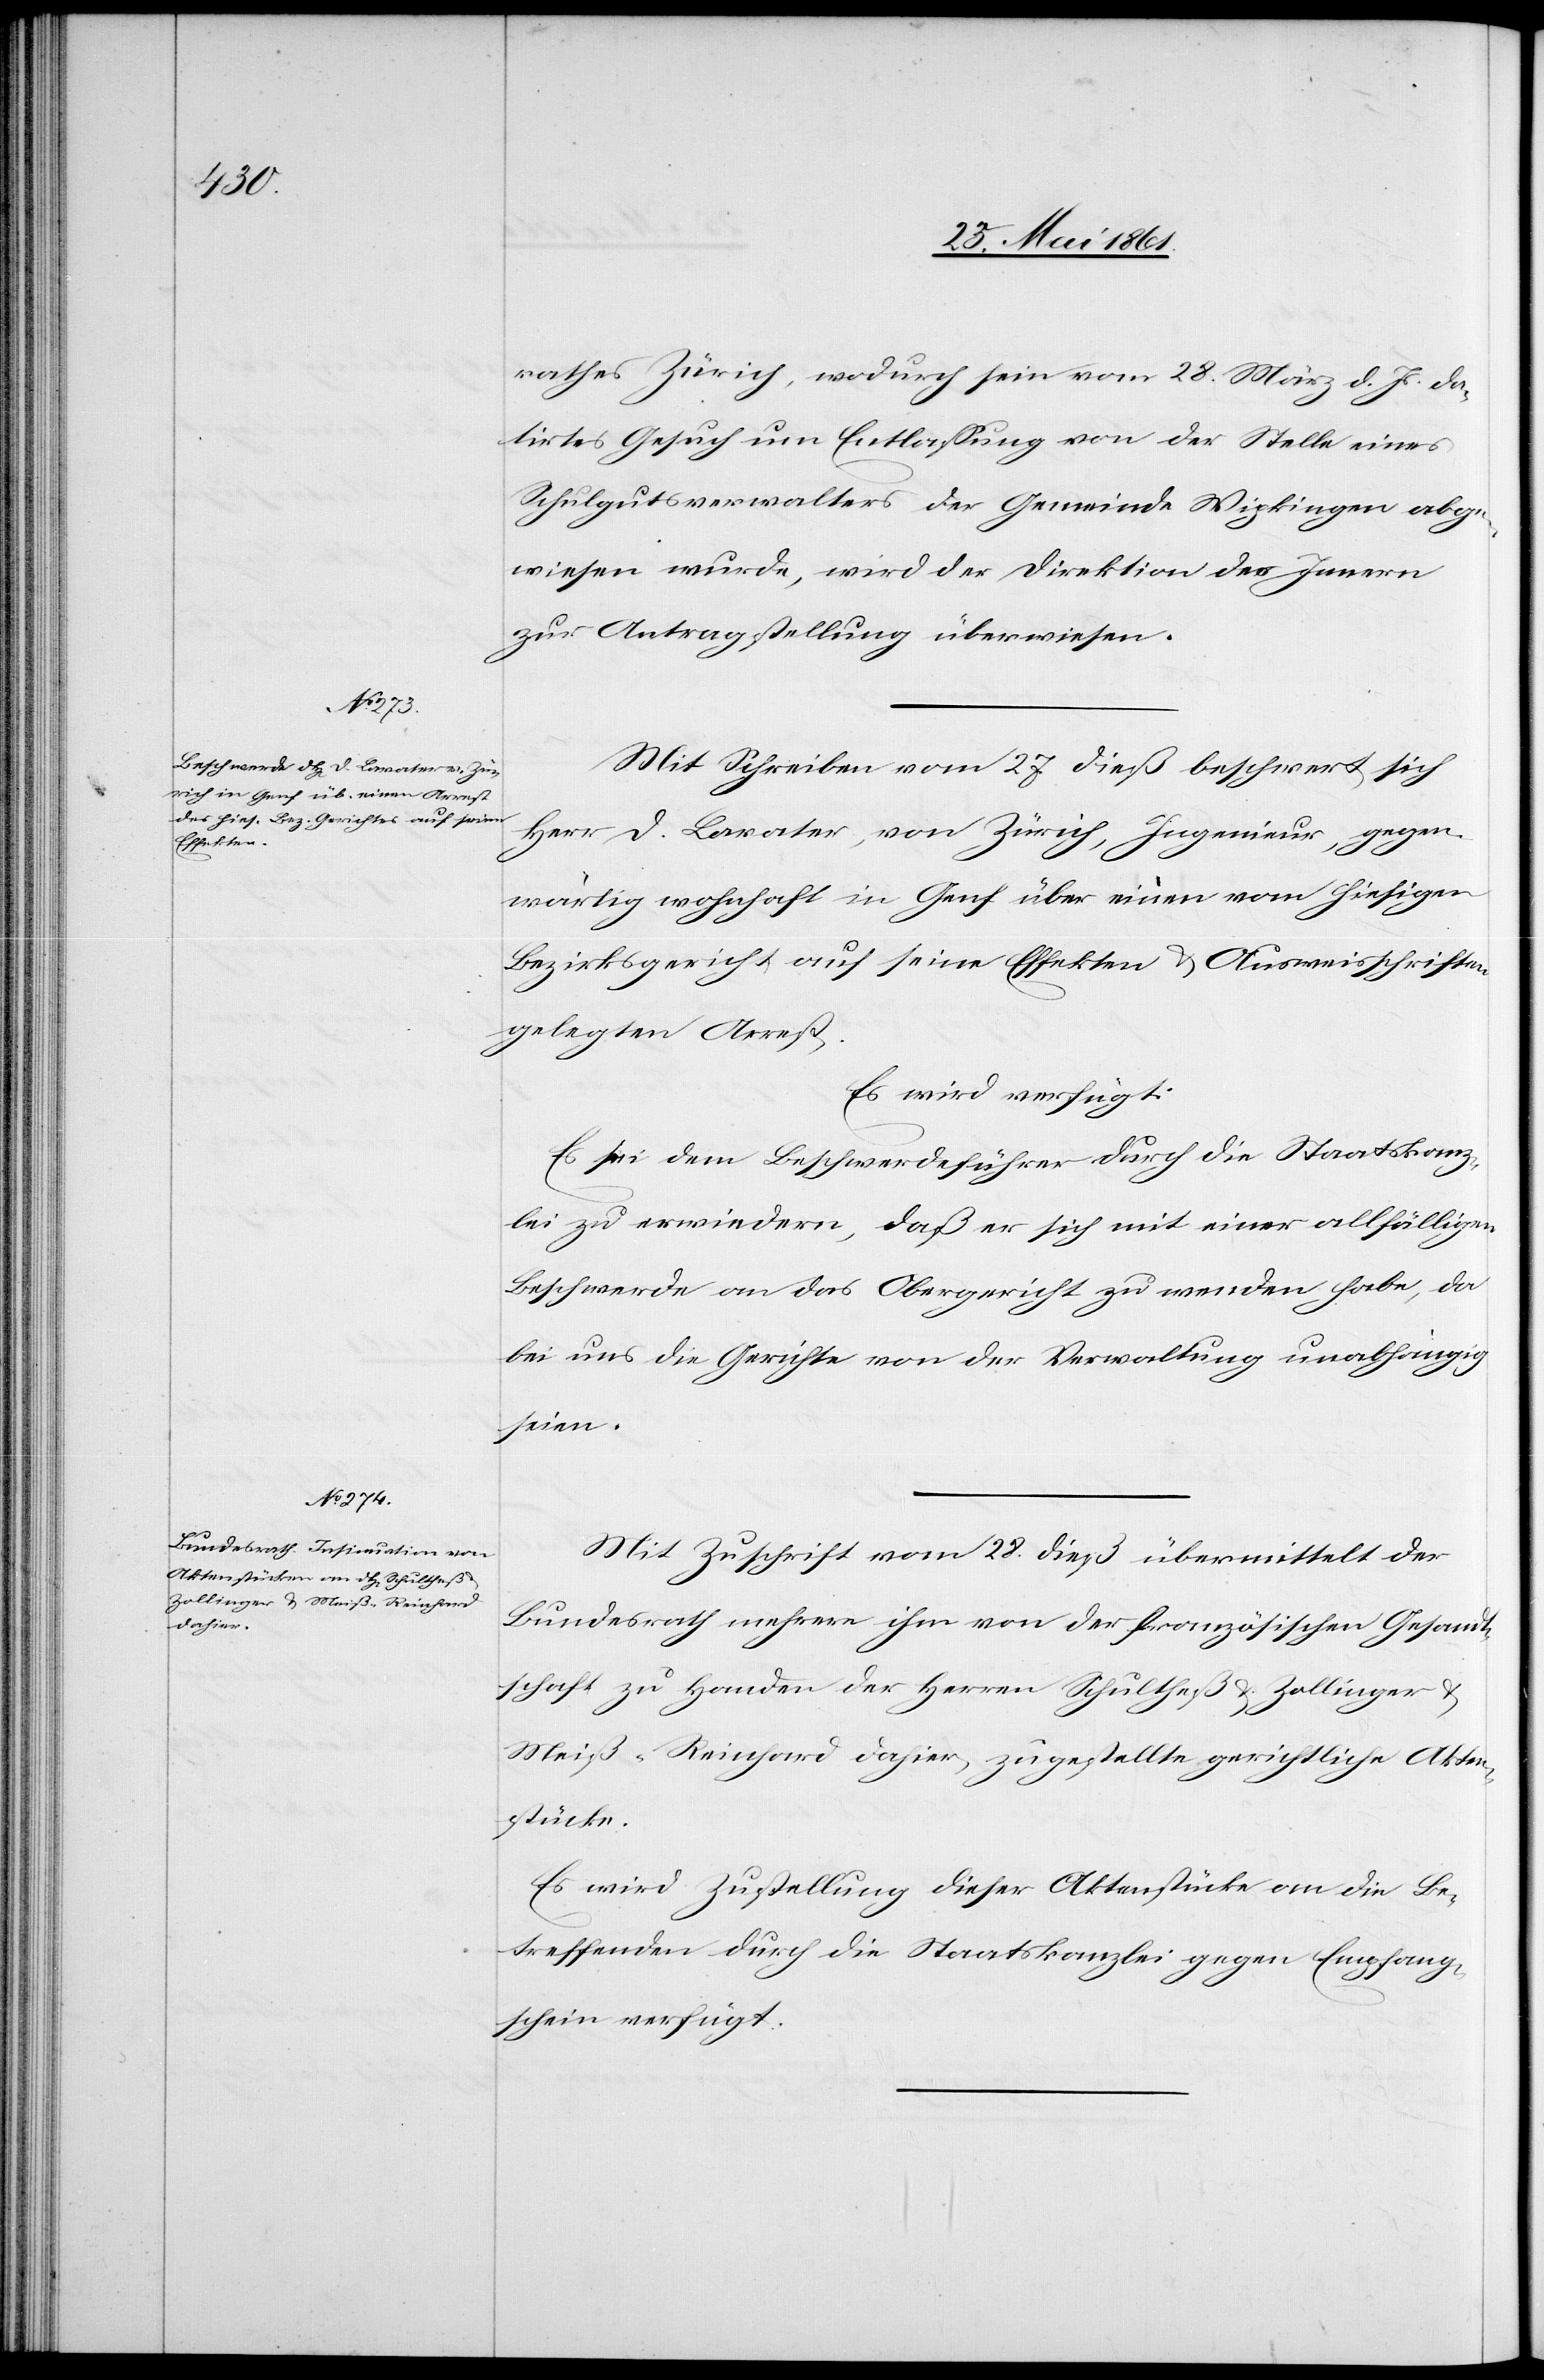
30. Mai 1861.]
rathes Zürich, wodurch sein vom 28. März d. Js. da¬
tirtes Gesuch um Entlassung von der Stelle eines
Schulgutsverwalters der Gemeinde Wipkingen abge¬
wiesen wurde, wird der Direktion des Innern
zur Antragstellung überwiesen.
Mit Schreiben vom 27 dieß beschwert sich
Herr D. Lavater, von Zürich, Ingenieur, gegen¬
wärtig wohnhaft in Genf über einen vom hiesigen
Bezirksgericht auf seine Effekten u. Ausweisschriften
gelegten Arrest.
Es wird verfügt:
Es sei dem Beschwerdeführer durch die Staatskanz¬
lei zu erwiedern, daß er sich mit einer allfälligen
Beschwerde an das Obergericht zu wenden habe, da
bei uns die Gerichte von der Verwaltung unabhängig
seien.
Mit Zuschrift vom 28. dieß übermittelt der
Bundesrath mehrere ihm von der französischen Gesandt¬
schaft zu Handen der Herren Schultheß u. Zollinger u.
Meiß-Reinhard dahier, zugestellte gerichtliche Akten¬
stücke.
Es wird Zustellung dieser Aktenstücke an die Be¬
treffenden durch die Staatskanzlei gegen Empfang¬
schein verfügt.